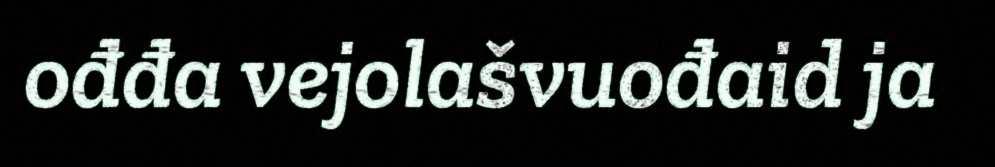
ođđa vejolašvuođaid ja